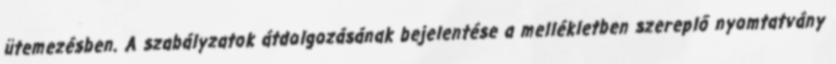
ütemezésben. A szabályzatok átdolgozásának bejelentése a mellékletben szereplő nyomtatvány